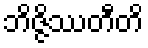
ဘိဇ္ဇိဿတီတိ